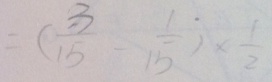
= ( \frac { 3 } { 1 5 } - \frac { 1 } { 1 5 } ) \times \frac { 1 } { 2 }